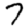
Digit: 7